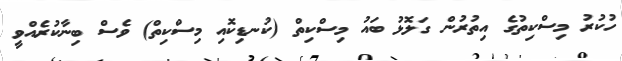
ހުކުރު މިސްކިތުގެ އިތުރުން ގަލޮޅު ބައު މިސްކިތް (ކުނޑިކޮއި މިސްކިތް) ވެސް ބިނާކުރެއްވީ